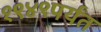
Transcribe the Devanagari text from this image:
१९४९पर्यंत